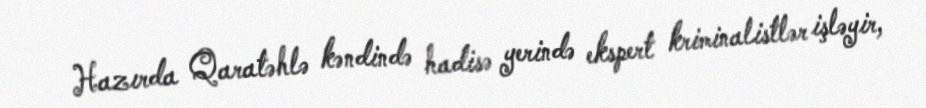
Hazırda Qaratəhlə kəndində hadisə yerində ekspert kriminalistlər işləyir,